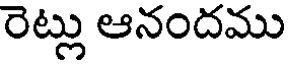
రెట్లు ఆనందము